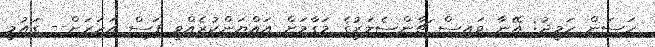
ހަސަން ހަމީދު: އޭނާ ވައިސް ޗާންސެލަރުގެ މަގާމަށް އައްޔަންކުރެއްވީ ފަސް އަހަރަށް-- ގައުމީ